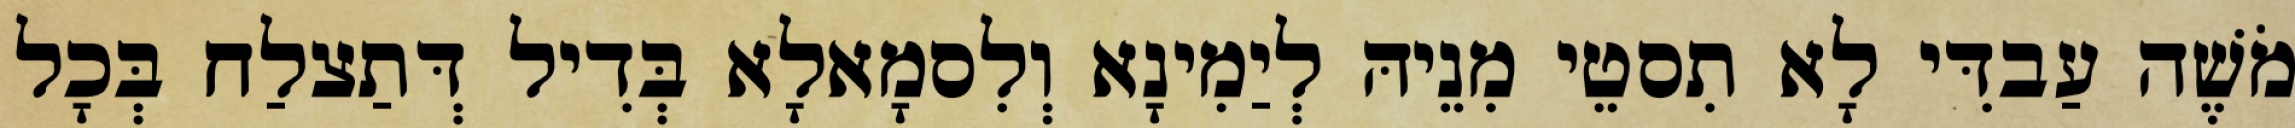
מֹשֶׁה עַבדִּי לָא תִסטֵי מִנֵיהּ לְיַמִינָא וְלִסמָאלָא בְּדִיל דְּתַצלַח בְּכָל